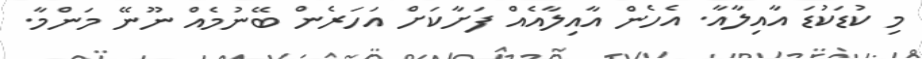
މި ކުޑަކުޑަ އާއިލާއާ. އެހެން އާއިލާއެއް ފަށާކަށް އަހަރެން ބޭނުމެއް ނޫނޭ މަންމާ.